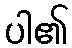
ပါ၏